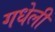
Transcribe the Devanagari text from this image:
गधेली